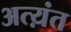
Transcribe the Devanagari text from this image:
अत्य़ंत